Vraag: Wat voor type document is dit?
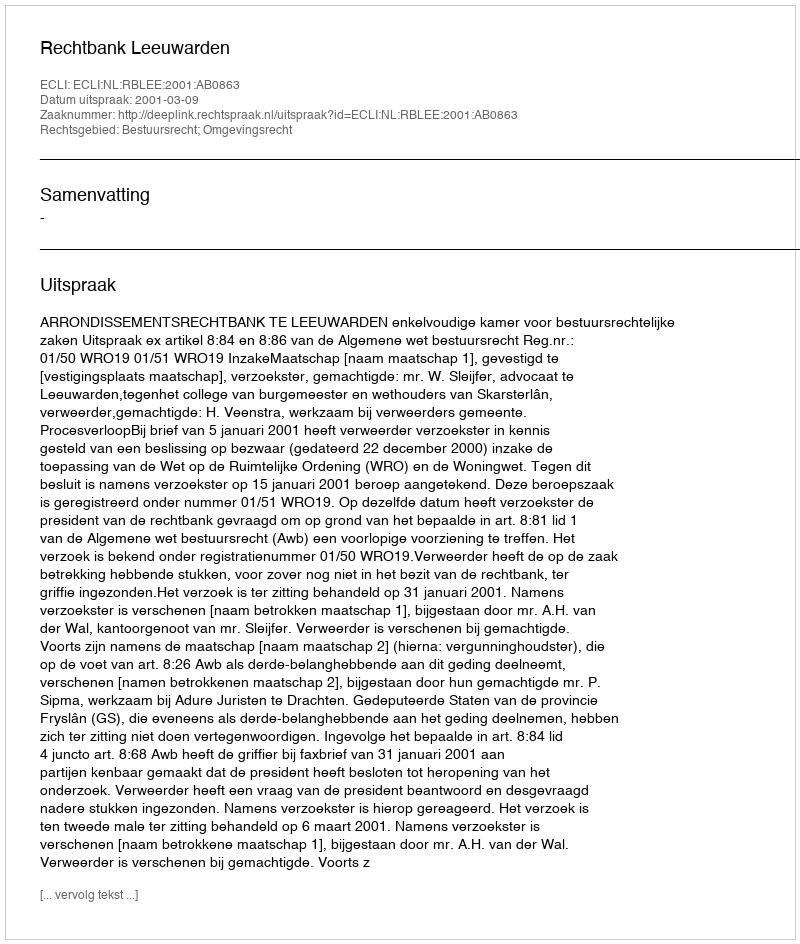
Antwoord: Uitspraak